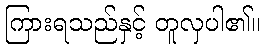
ကြားရသည်နှင့် တူလှပါ၏။